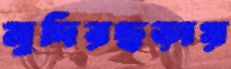
মুদিরছড়ায়